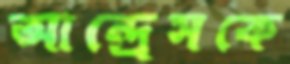
আন্দ্রেসকে